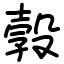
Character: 㝅